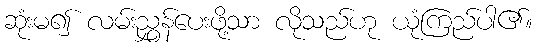
ဆုံးမ၍ လမ်းညွှန်ပေးဖို့သာ လိုသည်ဟု ယုံကြည်ပါ၏။